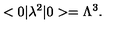
< 0 | \lambda ^ { 2 } | 0 > = \Lambda ^ { 3 } .